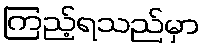
ကြည့်ရသည်မှာ